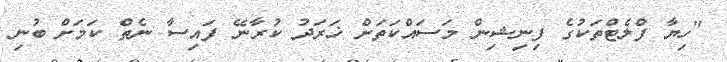
"ހިޔާ ފްލެޓްތަކުގެ ފިނިޝިން މަސައްކަތަށް ޚަރަދު ކުރާނޭ ފައިސާ ނެތް ކަމަށް ބުނި